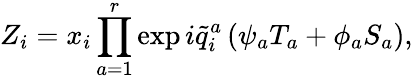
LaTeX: Z_{i}=x_{i}\prod_{a=1}^{r}\exp i\widetilde{q}_{i}^{a}\left(\psi_{a}T_{a}+\phi_{a}S_{a}\right),